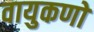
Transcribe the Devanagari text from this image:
वायुकणों